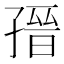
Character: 𡦌